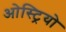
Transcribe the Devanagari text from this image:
ओस्ट्रियो